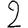
Digit: 2